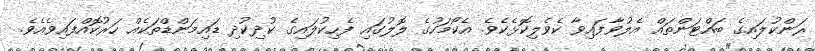
ރަންކުލައިގެ ބައްޓަންތައް އެލުވާފައިވާ ކެވެލިކޮޅެކެވެ. އެކޯމަހުގެ ލޮލުގައި ފެހިކުލައިގެ ކުދިކުދި ޑައިމަންޑްތަކެއް ހަރުކޮއްފައިވެއެވެ.